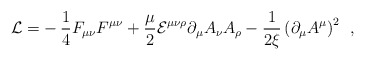
\begin{align*}{\cal L=}-\frac 14F_{\mu \nu }F^{\mu \nu }+\frac \mu 2{\cal E}^{\mu \nu \rho}\partial _\mu A_\nu A_\rho -\frac 1{2\xi }\left( \partial _\mu A^\mu\right) ^2\;\,,\end{align*}